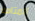
المتاهة